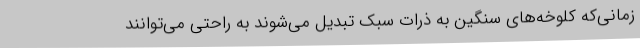
زمانی‌که کلوخه‌های سنگین به ذرات سبک تبدیل می‌شوند به راحتی می‌توانند